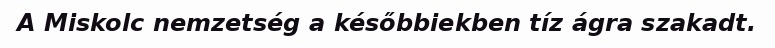
A Miskolc nemzetség a későbbiekben tíz ágra szakadt.